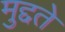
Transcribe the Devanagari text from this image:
मुद्दते